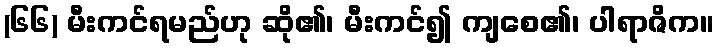
(၆၆) မီးကင်ရမည်ဟု ဆို၏၊ မီးကင်၍ ကျစေ၏၊ ပါရာဇိက။